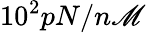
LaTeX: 10^{2}pN/n\mathscr{M}